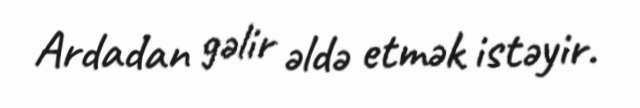
Ardadan gəlir əldə etmək istəyir.